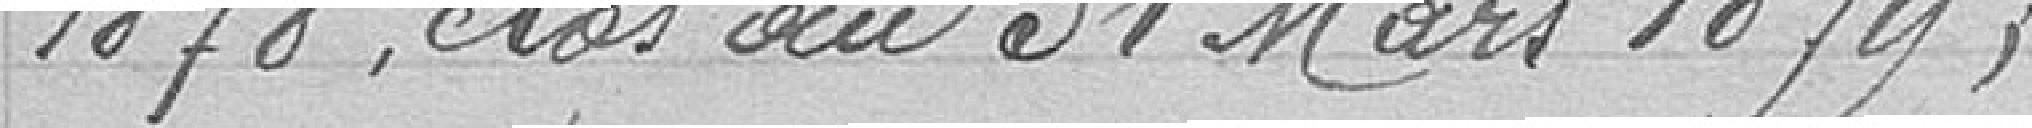
1878, clos au 31 mars 1879